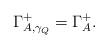
LaTeX: \begin{align*}\Gamma_{A,\gamma_Q}^+=\Gamma_A^+.\end{align*}